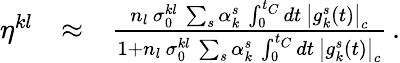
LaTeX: \begin{array}{rlr}{\eta^{kl}}&{\approx}&{\frac{n_{l}\, \sigma_{0}^{kl}\, \sum_{s}\alpha_{k}^{s}\, \int_{0}^{t_{C}}dt\, \left|g_{k}^{s}(t)\right|_{c}}{1+n_{l}\, \sigma_{0}^{kl}\, \sum_{s}\alpha_{k}^{s}\, \int_{0}^{t_{C}}dt\, \left|g_{k}^{s}(t)\right|_{c}}\, .}\end{array}